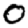
Digit: 0